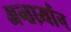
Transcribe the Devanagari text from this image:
अन्तर्ध्र्यान